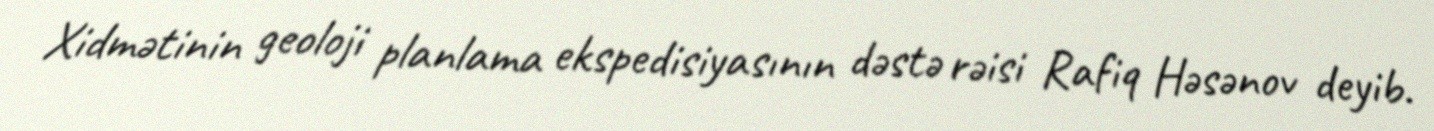
Xidmətinin geoloji planlama ekspedisiyasının dəstə rəisi Rafiq Həsənov deyib.